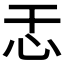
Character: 𫹯